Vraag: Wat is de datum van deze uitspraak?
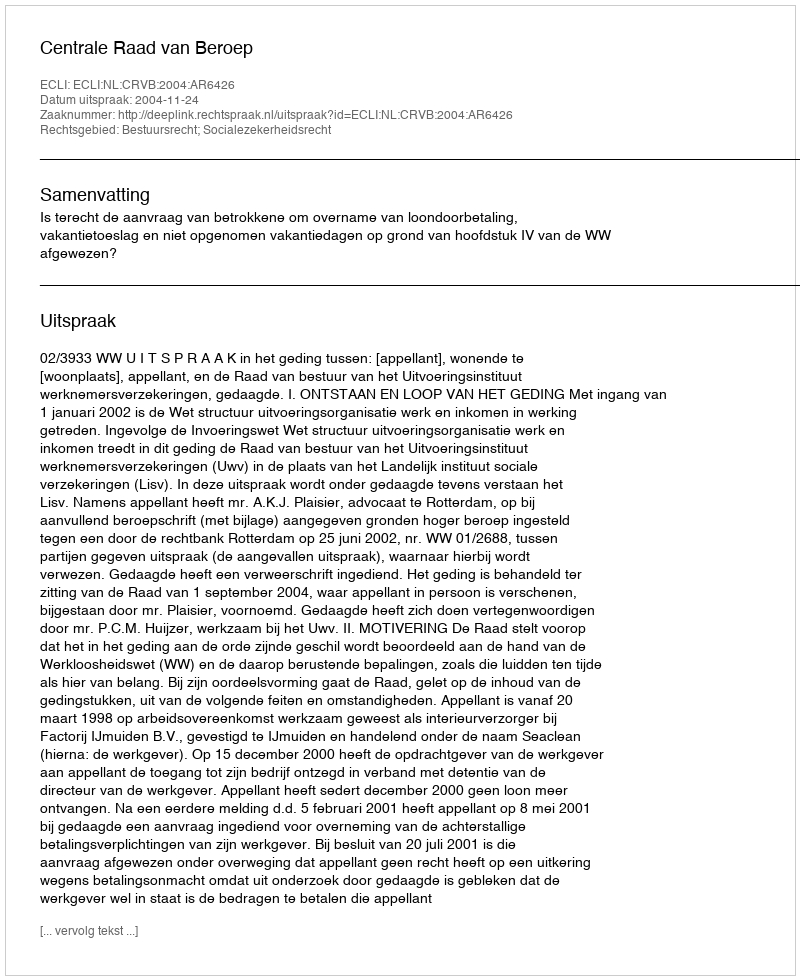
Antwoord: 2004-11-24